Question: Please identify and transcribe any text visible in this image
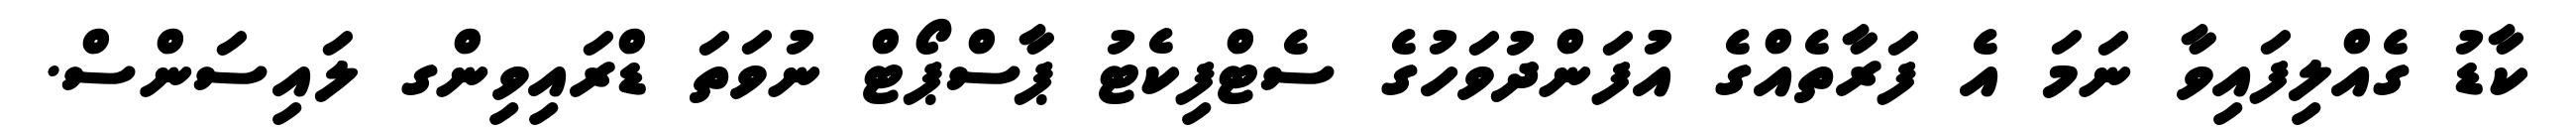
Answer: ކާޑު ގެއްލިފައިވާ ނަމަ އެ ފަރާތެއްގެ އުފަންދުވަހުގެ ސެޓްފިކެޓު ޕާސްޕޯޓް ނުވަތަ ޑްރައިވިންގ ލައިސަންސް.